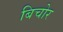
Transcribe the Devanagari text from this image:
बिचोर